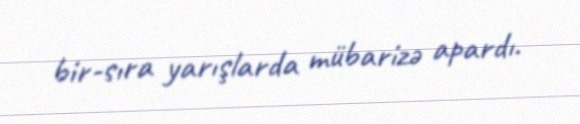
bir-sıra yarışlarda mübarizə apardı.